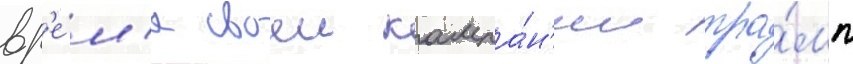
вр'е́м'я своеи кампа́н'ии тра́мп